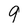
Character: 9